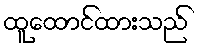
ထူထောင်ထားသည်